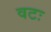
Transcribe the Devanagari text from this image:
वटः